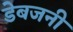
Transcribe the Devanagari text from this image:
डेबजनी